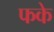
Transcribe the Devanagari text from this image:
फके